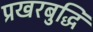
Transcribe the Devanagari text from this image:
प्रखरबुद्धि